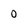
Character: 0